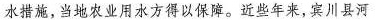
水措施，当地农业用水方得以保障。近些年来，宾川县河